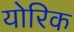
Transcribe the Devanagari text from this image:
योरिक